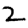
Digit: 2